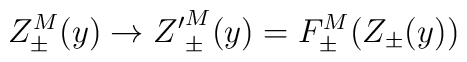
Z_{\pm}^M(y) \to 	{Z'}_{\pm}^M(y)=F_{\pm}^M(Z_{\pm}(y))